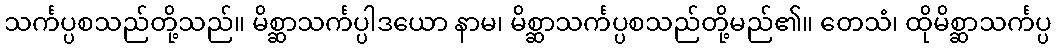
သင်္ကပ္ပစသည်တို့သည်။ မိစ္ဆာသင်္ကပ္ပါဒယော နာမ၊ မိစ္ဆာသင်္ကပ္ပစသည်တို့မည်၏။ တေသံ၊ ထိုမိစ္ဆာသင်္ကပ္ပ